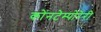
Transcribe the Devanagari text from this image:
कोंनटेम्पोरेरी